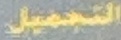
التجمیل